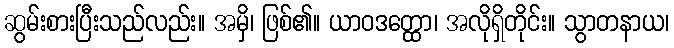
ဆွမ်းစားပြီးသည်လည်း။ အမှိ၊ ဖြစ်၏။ ယာဝဒတ္ထော၊ အလိုရှိတိုင်း။ သွာတနာယ၊